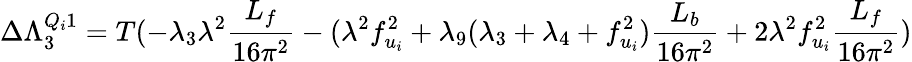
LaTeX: \Delta\Lambda_{3}^{Q_{i}1}=T(-\lambda_{3}\lambda^{2}{\frac{L_{f}}{16\pi^{2}}}-(\lambda^{2}f_{u_{i}}^{2}+\lambda_{9}(\lambda_{3}+\lambda_{4}+f_{u_{i}}^{2}){\frac{L_{b}}{16\pi^{2}}}+2\lambda^{2}f_{u_{i}}^{2}{\frac{L_{f}}{16\pi^{2}}})